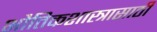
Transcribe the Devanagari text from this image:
भौतिकशास्त्रासाठी